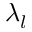
\lambda _ { l }